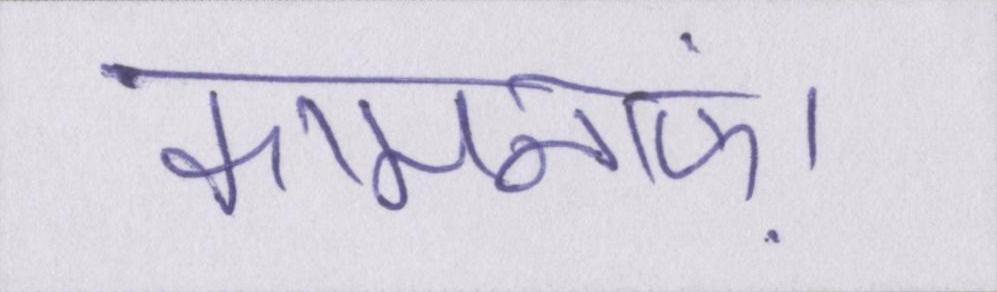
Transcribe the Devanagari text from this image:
कामनाएं।